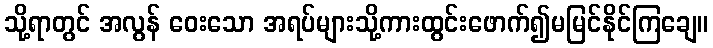
သို့ရာတွင် အလွန် ဝေးသော အရပ်များသို့ကားထွင်းဖောက်၍မမြင်နိုင်ကြချေ။